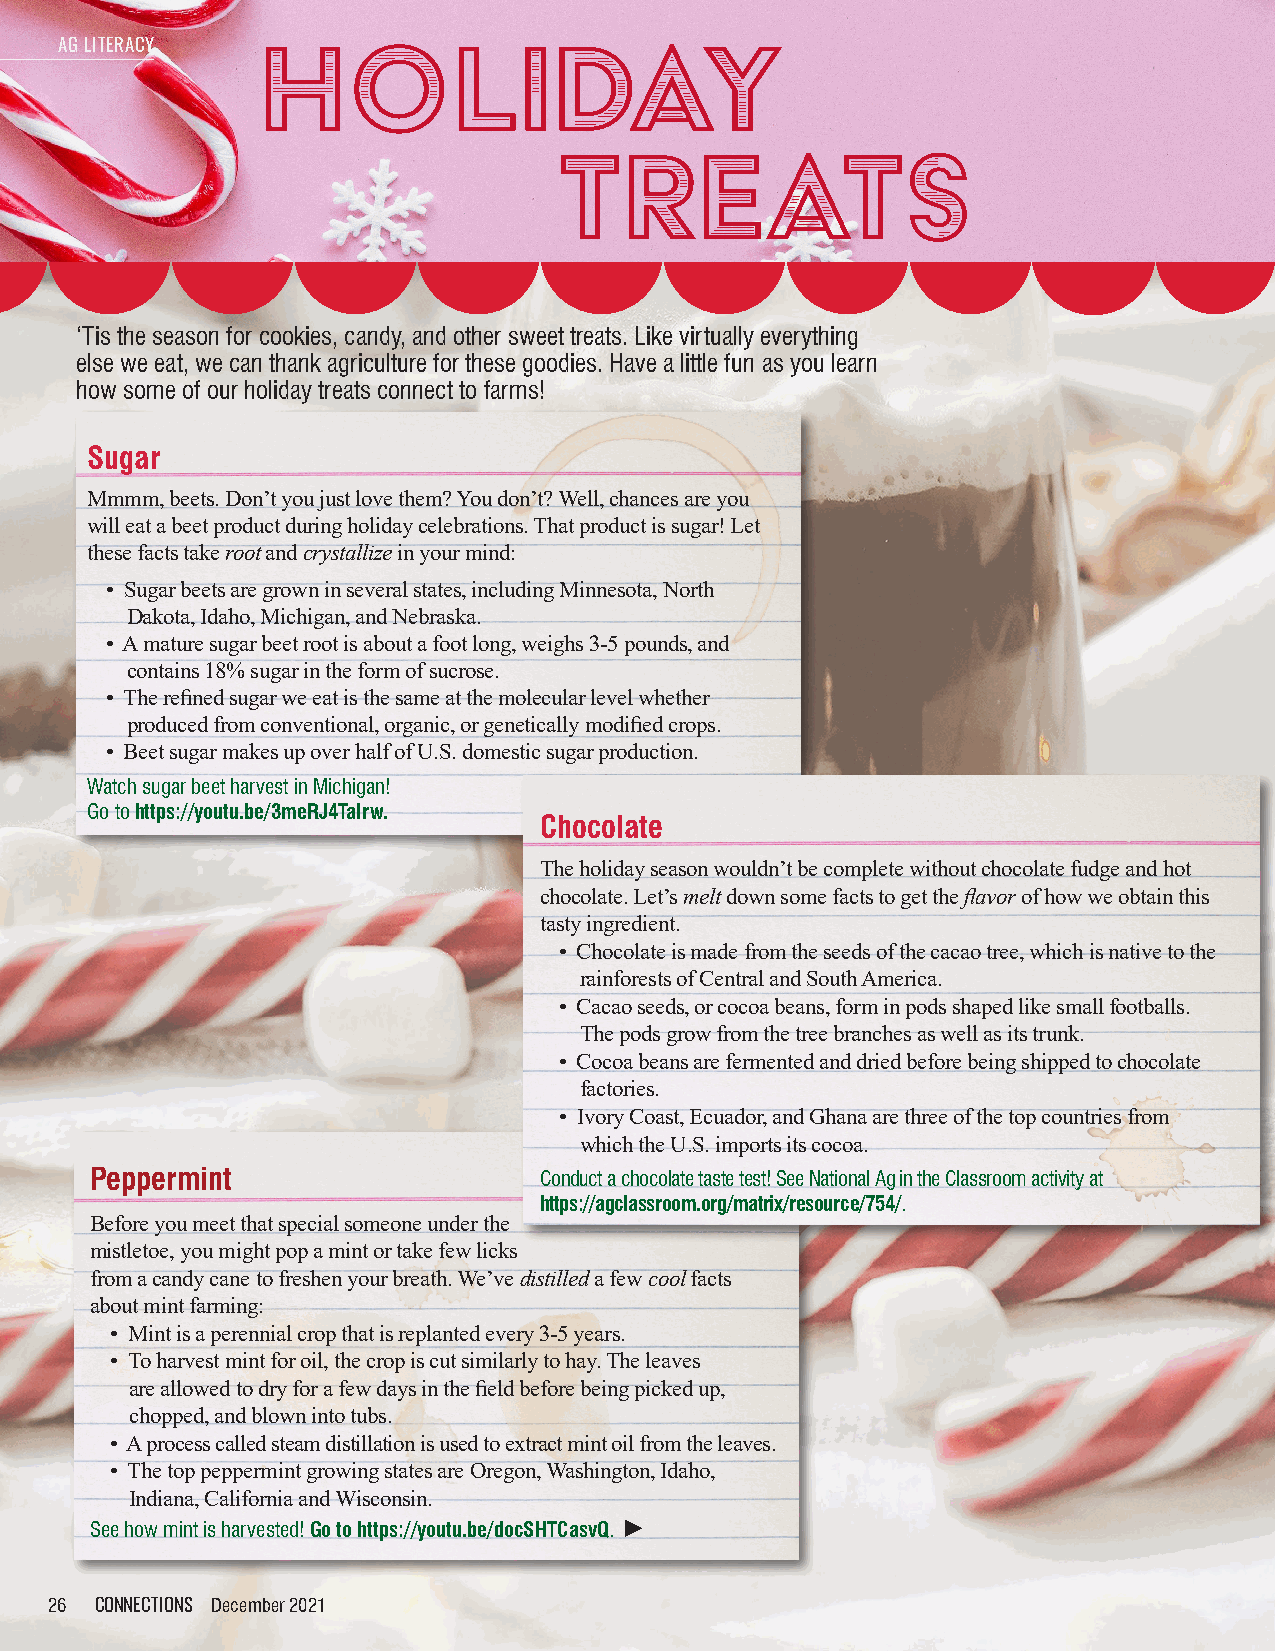
Holiday
 AG LITERACY
 Treats
 ‘Tis the season for cookies, candy, and other sweet treats. Like virtually everything
 else we eat, we can thank agriculture for these goodies. Have a little fun as you learn
 how some of our holiday treats connect to farms!
 Sugar
 Mmmm, beets. Don’t you just love them? You don’t? Well, chances are you
 will eat a beet product during holiday celebrations. That product is sugar! Let
 these facts take root and crystallize in your mind:
 • Sugar beets are grown in several states, including Minnesota, North
 Dakota, Idaho, Michigan, and Nebraska.
 • A mature sugar beet root is about a foot long, weighs 3-5 pounds, and
 contains 18% sugar in the form of sucrose.
 • The refined sugar we eat is the same at the molecular level whether
 produced from conventional, organic, or genetically modified crops.
 • Beet sugar makes up over half of U.S. domestic sugar production.
 Watch sugar beet harvest in Michigan!
 Go to https://youtu.be/3meRJ4TaIrw.
 Chocolate
 The holiday season wouldn’t be complete without chocolate fudge and hot
 chocolate. Let’s melt down some facts to get the flavor of how we obtain this
 tasty ingredient.
 • Chocolate is made from the seeds of the cacao tree, which is native to the
 rainforests of Central and South America.
 • Cacao seeds, or cocoa beans, form in pods shaped like small footballs.
 The pods grow from the tree branches as well as its trunk.
 • Cocoa beans are fermented and dried before being shipped to chocolate
 factories.
 • Ivory Coast, Ecuador, and Ghana are three of the top countries from
 which the U.S. imports its cocoa.
 Peppermint                    Conduct a chocolate taste test! See National Ag in the Classroom activity at
 https://agclassroom.org/matrix/resource/754/.
 Before you meet that special someone under the
 mistletoe, you might pop a mint or take few licks
 from a candy cane to freshen your breath. We’ve distilled a few cool facts
 about mint farming:
 • Mint is a perennial crop that is replanted every 3-5 years.
 • To harvest mint for oil, the crop is cut similarly to hay. The leaves
 are allowed to dry for a few days in the field before being picked up,
 chopped, and blown into tubs.
 • A process called steam distillation is used to extract mint oil from the leaves.
 • The top peppermint growing states are Oregon, Washington, Idaho,
 Indiana, California and Wisconsin.
 See how mint is harvested! Go to https://youtu.be/docSHTCasvQ. ►
 26 CONNECTIONS December 2021